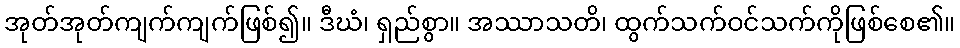
အုတ်အုတ်ကျက်ကျက်ဖြစ်၍။ ဒီဃံ၊ ရှည်စွာ။ အဿာသတိ၊ ထွက်သက်ဝင်သက်ကိုဖြစ်စေ၏။